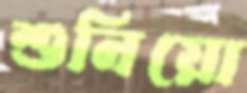
শুনিয়ো